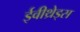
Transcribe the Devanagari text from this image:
ईवीथ्रेड्स